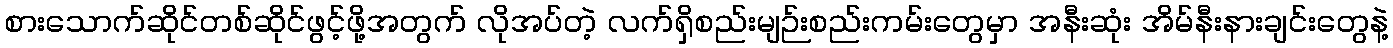
စားသောက်ဆိုင်တစ်ဆိုင်ဖွင့်ဖို့အတွက် လိုအပ်တဲ့ လက်ရှိစည်းမျဉ်းစည်းကမ်းတွေမှာ အနီးဆုံး အိမ်နီးနားချင်းတွေနဲ့